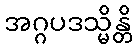
အဂ္ဂပဒသ္မိန္တိ